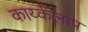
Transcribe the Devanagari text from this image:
कार्य्कलाप